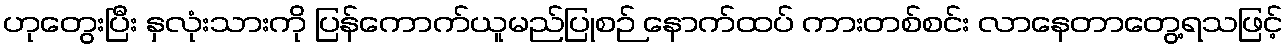
ဟုတွေးပြီး နှလုံးသားကို ပြန်ကောက်ယူမည်ပြုစဉ် နောက်ထပ် ကားတစ်စင်း လာနေတာတွေ့ရသဖြင့်